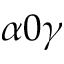
\alpha 0 \gamma